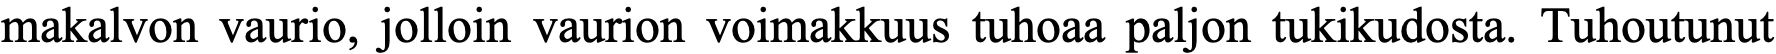
makalvon vaurio, jolloin vaurion voimakkuus tuhoaa paljon tukikudosta. Tuhoutunut